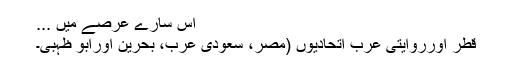
اس سارے عرصے میں ...
قطر اورروایتی عرب اتحادیوں (مصر، سعودی عرب، بحرین اورابو ظہبی۔